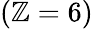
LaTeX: (\mathbb{Z}=6)